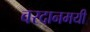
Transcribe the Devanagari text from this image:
वरदानमयी